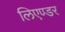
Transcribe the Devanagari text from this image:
लिएण्डर